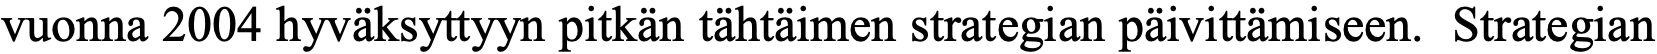
vuonna 2004 hyväksyttyyn pitkän tähtäimen strategian päivittämiseen. Strategian